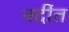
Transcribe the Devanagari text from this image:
नदींत